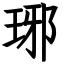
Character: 琊